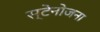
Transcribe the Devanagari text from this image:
स्टेनोजना